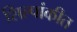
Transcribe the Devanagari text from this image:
शिल्पांकीत